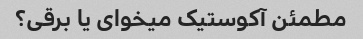
مطمئن آکوستیک میخوای یا برقی؟